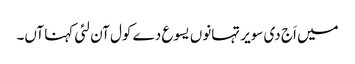
میں اَج دی سویر تہانوں یسوع دے کول آن لئی کہنا آں۔